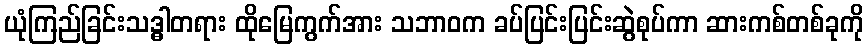
ယုံကြည်ခြင်းသဒ္ဓါတရား ထိုမြေကွက်အား သဘာဝက ခပ်ပြင်းပြင်းဆွဲစုပ်ကာ ဆားကစ်တစ်ခုကို